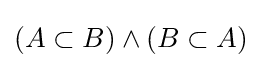
(A\subset B)\land (B\subset A)